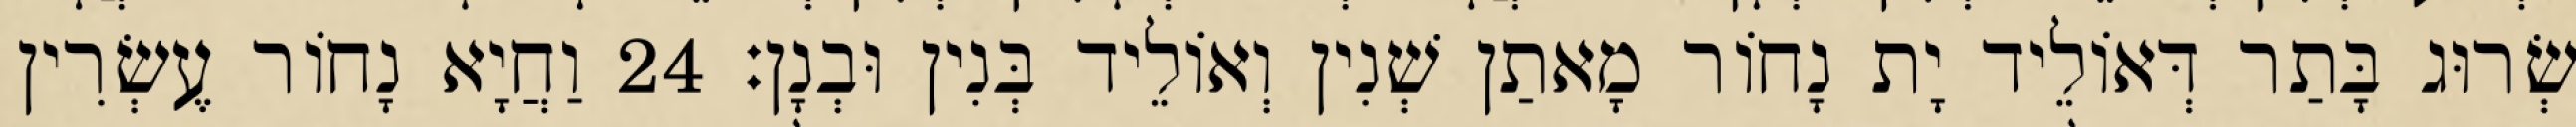
שְׂרוּג בָּתַר דְּאוֹלֵיד יָת נָחוֹר מָאתַן שְׁנִין וְאוֹלֵיד בְּנִין וּבְנָן׃ 24 וַחֲיָא נָחוֹר עֶשְׂרִין